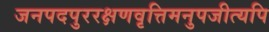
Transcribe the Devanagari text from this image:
जनपदपुररक्षणवृत्तिमनुपजीत्यपि